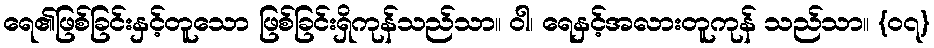
ရေ၏ဖြစ်ခြင်းနှင့်တူသော ဖြစ်ခြင်းရှိကုန်သည်သာ။ ဝါ၊ ရေနှင့်အလားတူကုန် သည်သာ။ {၀၇}